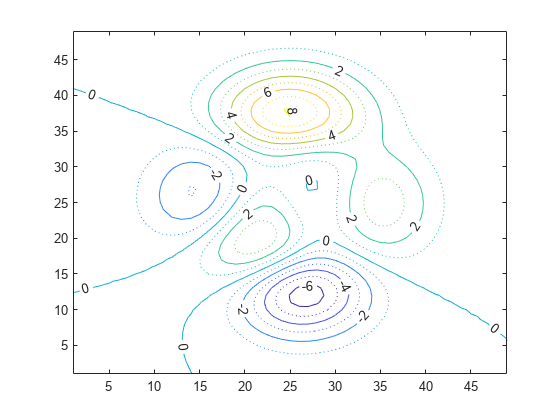
matlab, contour